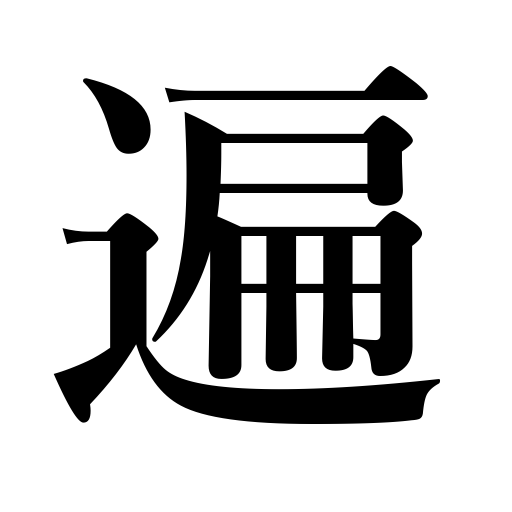
Meanings: times